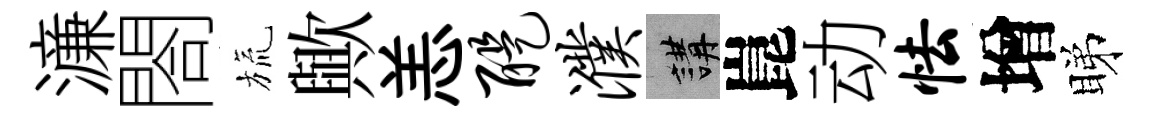
濓閤旒歟恙醍濮講崑动怯增睇